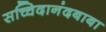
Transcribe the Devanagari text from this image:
सच्चिदानंदबाबा